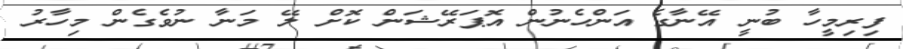
ފިރިމީހާ ބުނީ އޭނާގެ އަންހެނުން އޮޕަރޭޝަން ކޮށް ލޭ މަނާ ނުވެގެން މިހާރު